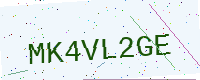
Text: MK4VL2GE